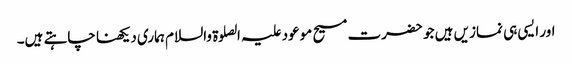
اور ایسی ہی نمازیں ہیں جو حضرت مسیح موعود علیہ الصلوۃ والسلام ہماری دیکھنا چاہتے ہیں۔